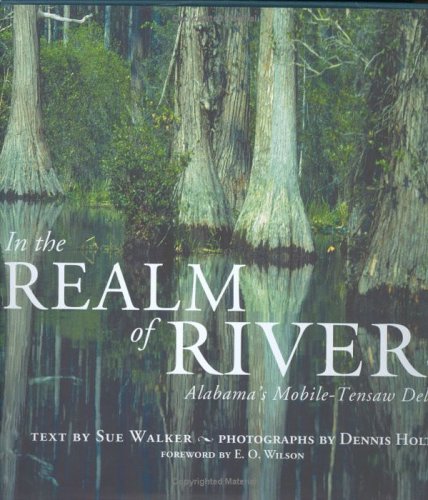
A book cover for In the Realm of Rivers: Alabama's Mobile-Tensaw Delta; Sue Walker; Travel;